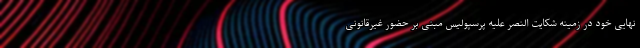
نهایی خود در زمینه شکایت النصر علیه پرسپولیس مبنی بر حضور غیرقانونی